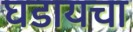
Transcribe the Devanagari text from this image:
घडायचा